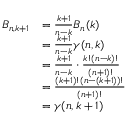
\begin{array} { r l } { B _ { n , k + 1 } } & { = \frac { k + 1 } { n - k } B _ { n } ( k ) } \\ & { = \frac { k + 1 } { n - k } \gamma ( n , k ) } \\ & { = \frac { k + 1 } { n - k } \cdot \frac { k ! ( n - k ) ! } { ( n + 1 ) ! } } \\ & { = \frac { ( k + 1 ) ! ( n - ( k + 1 ) ) ! } { ( n + 1 ) ! } } \\ & { = \gamma ( n , k + 1 ) } \end{array}